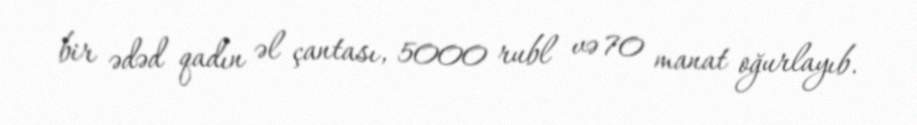
bir ədəd qadın əl çantası, 5000 rubl və 70 manat oğurlayıb.